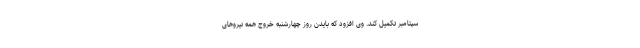
سپتامبر تکمیل کند. وی افزود که بایدن روز چهارشنبه خروج همه نیروهای